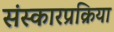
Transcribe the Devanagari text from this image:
संस्कारप्रक्रिया